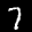
Label: 7